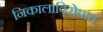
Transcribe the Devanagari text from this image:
निकालाविरोधात